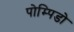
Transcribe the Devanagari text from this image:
पोम्पिडो